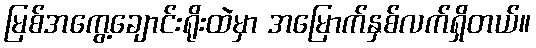
မြစ်အကွေ့ချောင်းရိုးထဲမှာ အမြောက်နှစ်လက်ရှိတယ်။